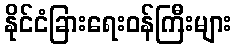
နိုင်ငံခြားရေးဝန်ကြီးများ